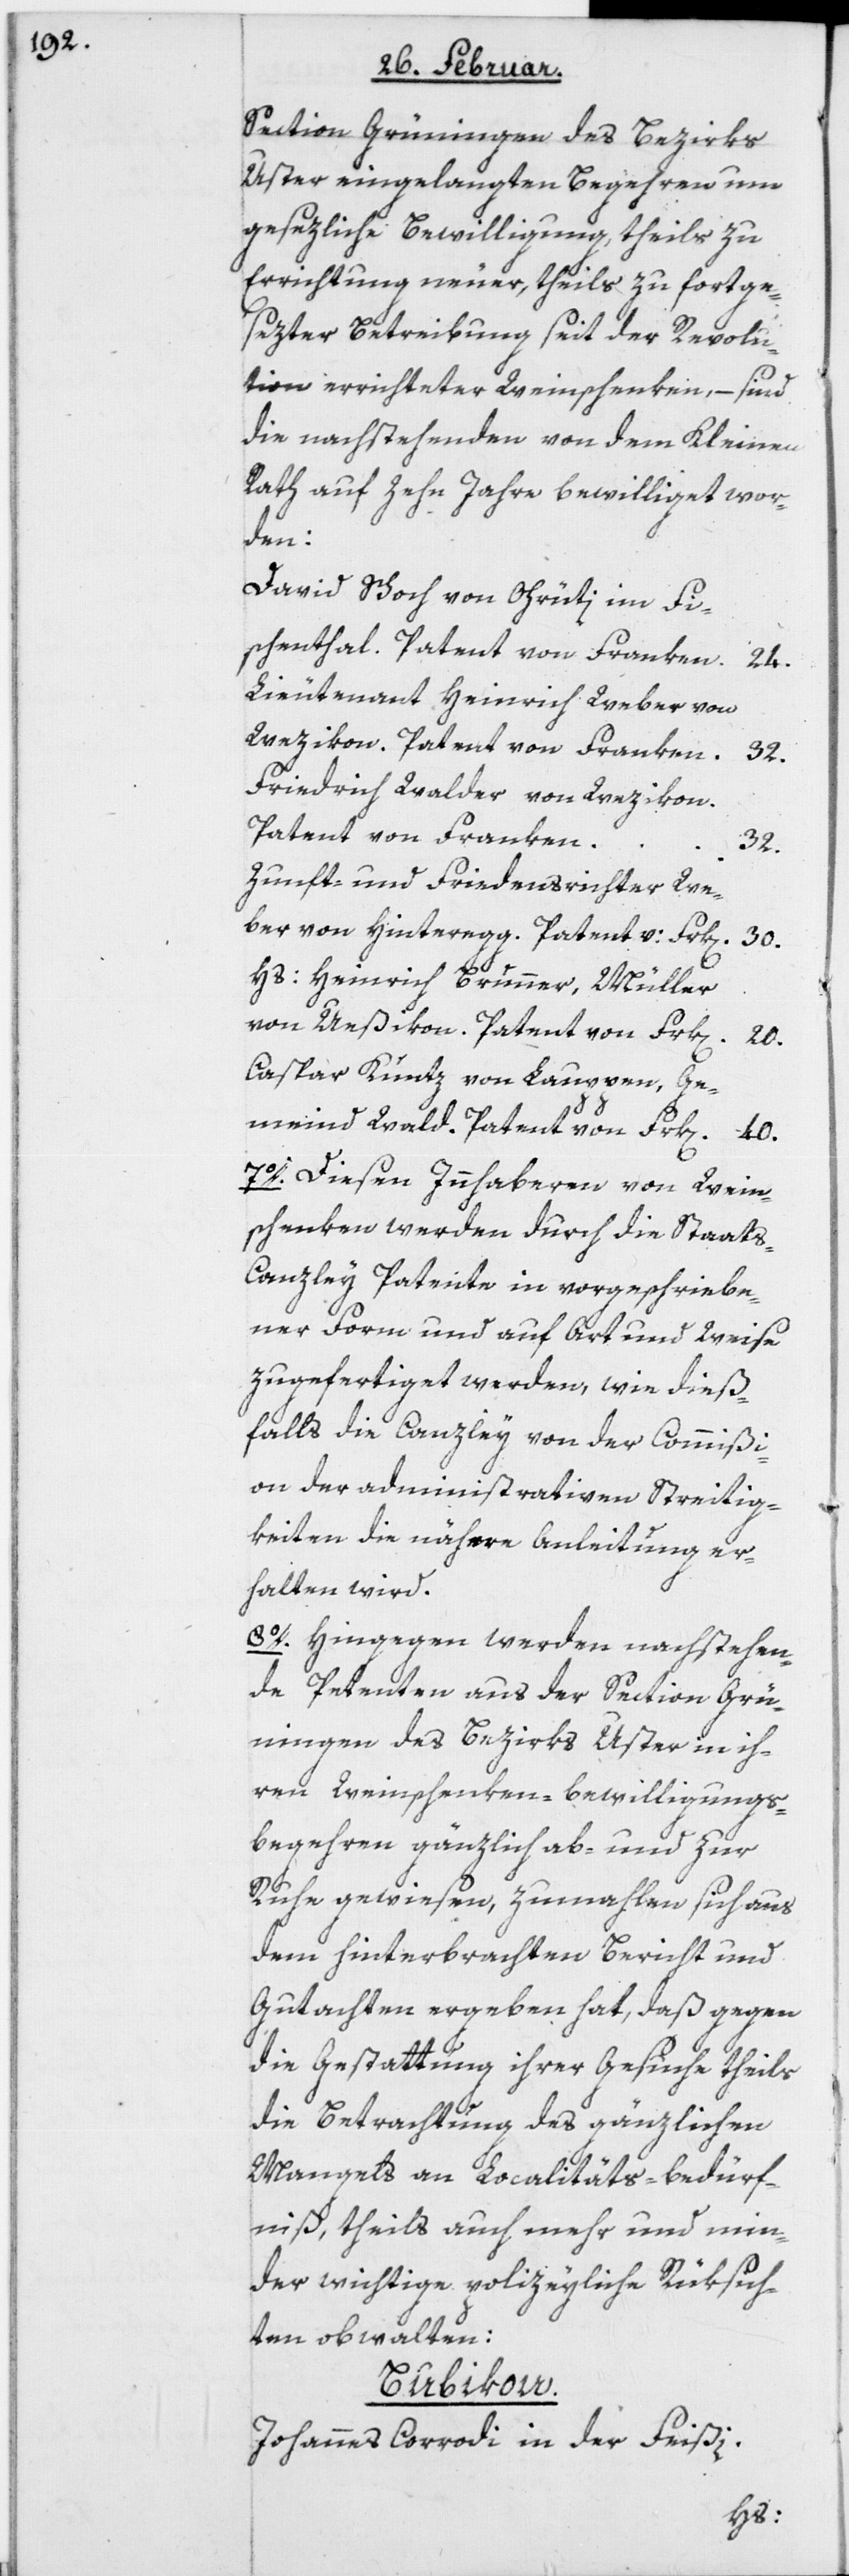
Section Grüningen des Bezirks
Uster eingelangten Begehren um
gesezliche Bewilligung, theils zu
Errichtung neuer, theils zu fortge¬
sezter Betreibung seit der Revolu¬
tion errichteter Weinschenken, – sind
die nachstehenden von dem Kleinen
Rath auf zehn Jahre bewilliget wor¬
den:
David Schoch von Orüti im Fi¬
schenthal. Patent von Franken
24.
Lieutenant Heinrich Weber von
Wezikon. Patent von Franken
32.
Friedrich Walder von Wezikon.
Patent von Franken
32.
Zunft- und Friedensrichter We¬
ber von Hinteregg. Patent v: Frk[en]
30.
Hs: Heinrich Brunner, Müller
von Ueßikon. Patent von Frk[en].
20.
Caspar Kuntz von Lauppen, Ge¬
meind Wald. Patent von Frk[en]. 40.
7o. Diesen Innhaberen von Wein¬
schenken werden durch die Staat¬
s-Canzley Patente in vorgeschriebe¬
ner Form und auf Art und Weise
zugefertiget werden, wie dieß¬
falls die Canzley von der Commißi¬
on der administrativen Streitig¬
keiten die nähere Anleitung er¬
halten wird.
8o. Hingegen werden nachstehen¬
de Petenten aus der Section Grü¬
ningen des Bezirks Uster in ih¬
ren Weinschenken-bewilligungs¬
begehren gänzlich ab- und zur
Ruhe gewiesen, zumahlen sich aus
dem hinterbrachten Bericht und
Gutachten ergeben hat, daß gegen
die Gestattung ihrer Gesuche theils
die Betrachtung des gänzlichen
Mangels an Localitäts-bedürf¬
niß, theils auch mehr und min¬
der wichtige polizeyliche Rüksich¬
ten obwalten:
Bubikon.
Johannes Corrodi in der Feißi.